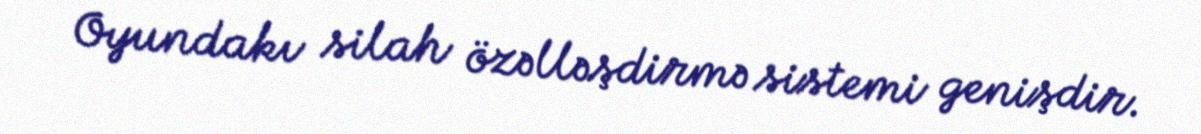
Oyundakı silah özəlləşdirmə sistemi genişdir.